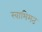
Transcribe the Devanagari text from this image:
स्वाभिमत